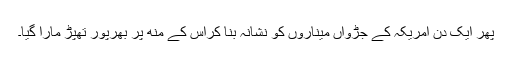
پھر ایک دن امریکہ کے جڑواں میناروں کو نشانہ بنا کراس کے منھ پر بھرپور تھپڑ مارا گیا۔